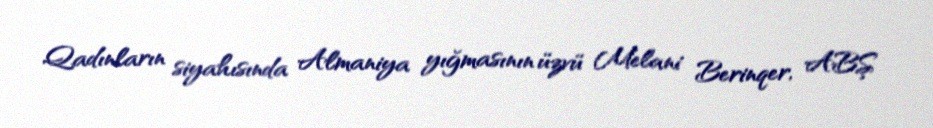
Qadınların siyahısında Almaniya yığmasının üzvü Melani Berinqer, ABŞ